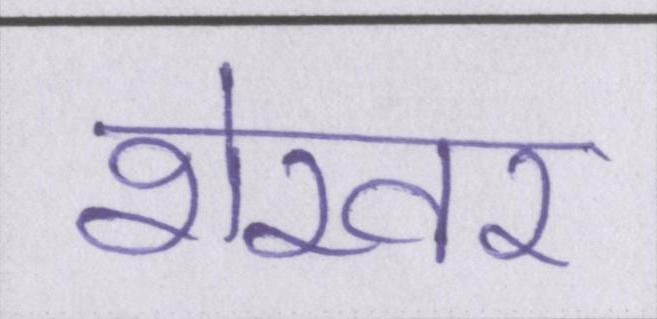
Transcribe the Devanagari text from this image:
शेखर